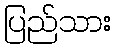
ပြည်သား